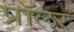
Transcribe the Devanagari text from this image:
प्रॉलर